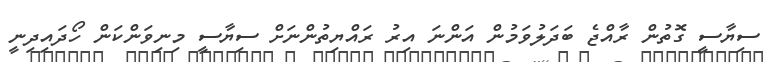
ސިޔާސީ ގޮތުން ރާއްޖެ ބަދަލުވަމުން އަންނަ އިރު ރައްޔިތުންނަށް ސިޔާސީ މިނިވަންކަން ހޯދައިދިނީ